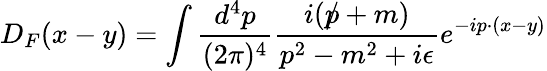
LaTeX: D_{F}(x-y)=\int{\frac{d^{4}p}{(2\pi)^{4}}}{\frac{i({p\! \! \! /}+m)}{p^{2}-m^{2}+i\epsilon}}e^{-ip\cdot(x-y)}